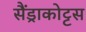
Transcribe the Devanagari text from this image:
सैंड्राकोट्टस